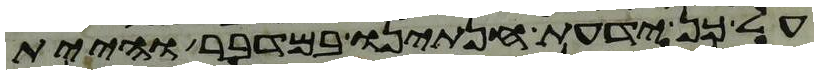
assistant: על כן ידעת חנתינו במדבר והיית